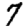
Digit: 7